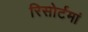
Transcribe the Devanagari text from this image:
रिसोर्टमां